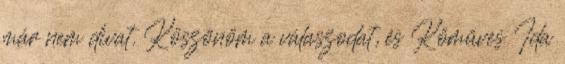
már nem divat. Köszönöm a válaszodat, és Kőműves Ida